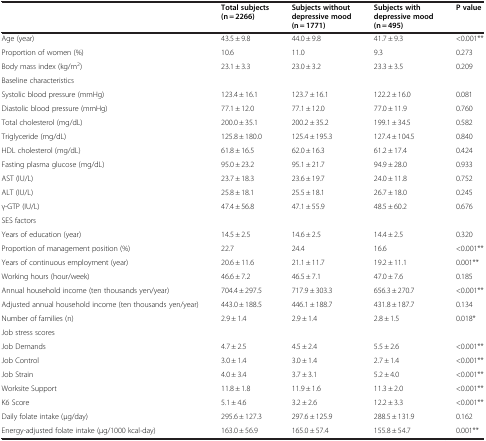
<table><thead><tr><td><b> </b></td><td><b>Total subjects (n = 2266)</b></td><td><b>Subjects without depressive mood (n = 1771)</b></td><td><b>Subjects with depressive mood (n = 495)</b></td><td><b>P value</b></td></tr></thead><tbody><tr><td>Age (year)</td><td>43.5 ± 9.8</td><td>44.0 ± 9.8</td><td>41.7 ± 9.3</td><td>&lt;0.001**</td></tr><tr><td>Proportion of women (%)</td><td>10.6</td><td>11.0</td><td>9.3</td><td>0.273</td></tr><tr><td>Body mass index (kg/m<sup>2</sup>)</td><td>23.1 ± 3.3</td><td>23.0 ± 3.2</td><td>23.3 ± 3.5</td><td>0.209</td></tr><tr><td colspan="5">Baseline characteristics</td></tr><tr><td>Systolic blood pressure (mmHg)</td><td>123.4 ± 16.1</td><td>123.7 ± 16.1</td><td>122.2 ± 16.0</td><td>0.081</td></tr><tr><td>Diastolic blood pressure (mmHg)</td><td>77.1 ± 12.0</td><td>77.1 ± 12.0</td><td>77.0 ± 11.9</td><td>0.760</td></tr><tr><td>Total cholesterol (mg/dL)</td><td>200.0 ± 35.1</td><td>200.2 ± 35.2</td><td>199.1 ± 34.5</td><td>0.582</td></tr><tr><td>Triglyceride (mg/dL)</td><td>125.8 ± 180.0</td><td>125.4 ± 195.3</td><td>127.4 ± 104.5</td><td>0.840</td></tr><tr><td>HDL cholesterol (mg/dL)</td><td>61.8 ± 16.5</td><td>62.0 ± 16.3</td><td>61.2 ± 17.4</td><td>0.424</td></tr><tr><td>Fasting plasma glucose (mg/dL)</td><td>95.0 ± 23.2</td><td>95.1 ± 21.7</td><td>94.9 ± 28.0</td><td>0.933</td></tr><tr><td>AST (IU/L)</td><td>23.7 ± 18.3</td><td>23.6 ± 19.7</td><td>24.0 ± 11.8</td><td>0.752</td></tr><tr><td>ALT (IU/L)</td><td>25.8 ± 18.1</td><td>25.5 ± 18.1</td><td>26.7 ± 18.0</td><td>0.245</td></tr><tr><td>γ-GTP (IU/L)</td><td>47.4 ± 56.8</td><td>47.1 ± 55.9</td><td>48.5 ± 60.2</td><td>0.676</td></tr><tr><td colspan="5">SES factors</td></tr><tr><td>Years of education (year)</td><td>14.5 ± 2.5</td><td>14.6 ± 2.5</td><td>14.4 ± 2.5</td><td>0.320</td></tr><tr><td>Proportion of management position (%)</td><td>22.7</td><td>24.4</td><td>16.6</td><td>&lt;0.001**</td></tr><tr><td>Years of continuous employment (year)</td><td>20.6 ± 11.6</td><td>21.1 ± 11.7</td><td>19.2 ± 11.1</td><td>0.001**</td></tr><tr><td>Working hours (hour/week)</td><td>46.6 ± 7.2</td><td>46.5 ± 7.1</td><td>47.0 ± 7.6</td><td>0.185</td></tr><tr><td>Annual household income (ten thousands yen/year)</td><td>704.4 ± 297.5</td><td>717.9 ± 303.3</td><td>656.3 ± 270.7</td><td>&lt;0.001**</td></tr><tr><td>Adjusted annual household income (ten thousands yen/year)</td><td>443.0 ± 188.5</td><td>446.1 ± 188.7</td><td>431.8 ± 187.7</td><td>0.134</td></tr><tr><td>Number of families (n)</td><td>2.9 ± 1.4</td><td>2.9 ± 1.4</td><td>2.8 ± 1.5</td><td>0.018*</td></tr><tr><td>Job stress scores</td><td> </td><td> </td><td> </td><td> </td></tr><tr><td>Job Demands</td><td>4.7 ± 2.5</td><td>4.5 ± 2.4</td><td>5.5 ± 2.6</td><td>&lt;0.001**</td></tr><tr><td>Job Control</td><td>3.0 ± 1.4</td><td>3.0 ± 1.4</td><td>2.7 ± 1.4</td><td>&lt;0.001**</td></tr><tr><td>Job Strain</td><td>4.0 ± 3.4</td><td>3.7 ± 3.1</td><td>5.2 ± 4.0</td><td>&lt;0.001**</td></tr><tr><td>Worksite Support</td><td>11.8 ± 1.8</td><td>11.9 ± 1.6</td><td>11.3 ± 2.0</td><td>&lt;0.001**</td></tr><tr><td>K6 Score</td><td>5.1 ± 4.6</td><td>3.2 ± 2.6</td><td>12.2 ± 3.3</td><td>&lt;0.001**</td></tr><tr><td>Daily folate intake (μg/day)</td><td>295.6 ± 127.3</td><td>297.6 ± 125.9</td><td>288.5 ± 131.9</td><td>0.162</td></tr><tr><td>Energy-adjusted folate intake (μg/1000 kcal·day)</td><td>163.0 ± 56.9</td><td>165.0 ± 57.4</td><td>155.8 ± 54.7</td><td>0.001**</td></tr></tbody></table>